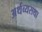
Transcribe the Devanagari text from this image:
अर्थव्यसथा